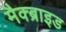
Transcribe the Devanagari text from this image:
मैक्ब्राइड